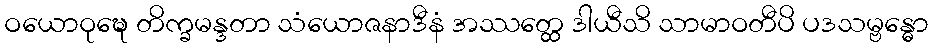
ဝယောဝုဍ္ဎေ တိက္ခမန္ဒတာ သံယောဇနာဒီနံ အဿတ္ထေ ဒါယီသိ သာမာဝတီပိ ပဒသမ္ဗန္ဓော